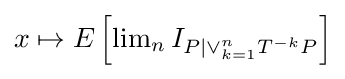
{\textstyle x\mapsto E\left[\lim _{n}I_{P|\vee _{k=1}^{n}T^{-k}P}\right]}